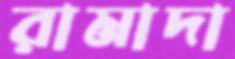
রামাদা